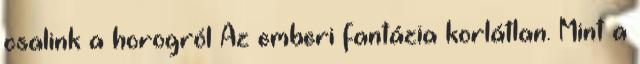
csalink a horogról Az emberi fantázia korlátlan. Mint a